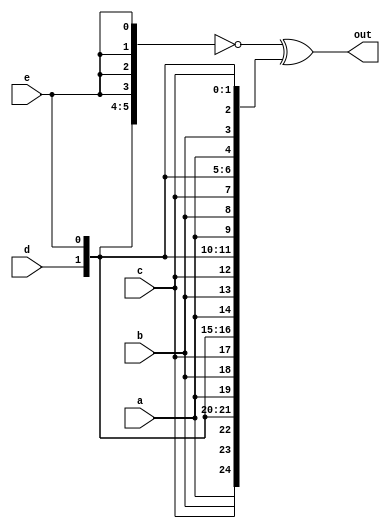
// This program was cloned from: https://github.com/milind7777/VerilogDocGen
// License: MIT License

module vector5 (
  input a,
  input b,
  input c,
  input d,
  input e,
  output [24:0] out

);

  assign out = ~{ {5{a}}, {5{b}}, {5{c}}, {5{d}}, {5{e}} } ^ {5{a,b,c,d,e}};

endmodule